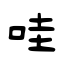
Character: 哇